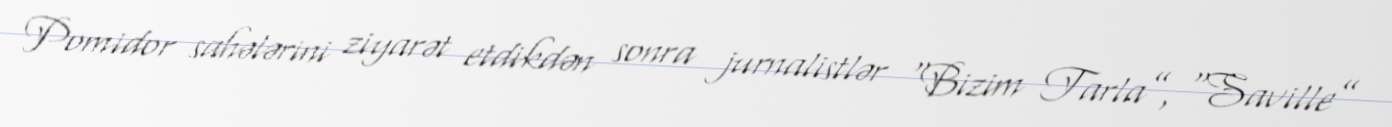
Pomidor sahələrini ziyarət etdikdən sonra jurnalistlər “Bizim Tarla”, “Saville”